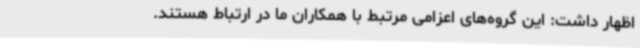
اظهار داشت: این گروه‌های اعزامی مرتبط با همکاران ما در ارتباط هستند.